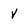
Character: v